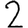
Digit: 2